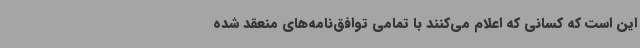
این است که کسانی که اعلام می‌کنند با تمامی توافق‌نامه‌های منعقد شده